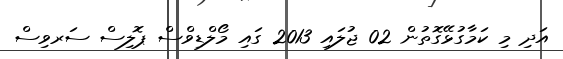
އަދި މި ކަމާގުޅޭގޮތުން 02 ޖުލައި 2013 ގައި މޯލްޑިވްސް ޕޮލިސް ސަރވިސް